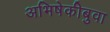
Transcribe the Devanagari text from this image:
अभिषेकीबुवा